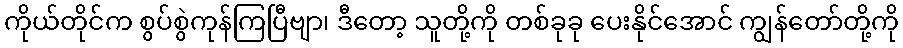
ကိုယ်တိုင်က စွပ်စွဲကုန်ကြပြီဗျာ၊ ဒီတော့ သူတို့ကို တစ်ခုခု ပေးနိုင်အောင် ကျွန်တော်တို့ကို